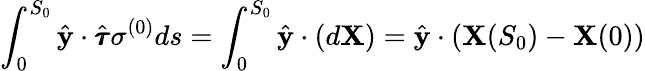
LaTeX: \int_{0}^{S_{0}}\hat{\mathbf{y}}\cdot\hat{\pmb{\tau}}\sigma^{(0)}ds=\int_{0}^{S_{0}}\hat{\mathbf{y}}\cdot(d\mathbf{X})=\hat{\mathbf{y}}\cdot\left(\mathbf{X}(S_{0})-\mathbf{X}(0)\right)